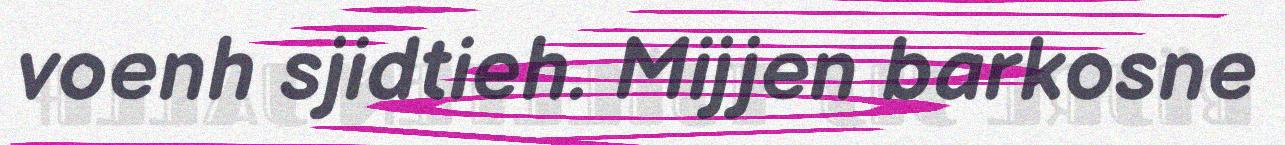
voenh sjidtieh. Mijjen barkosne